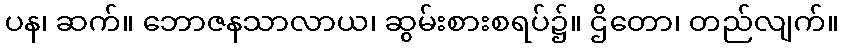
ပန၊ ဆက်။ ဘောဇနသာလာယ၊ ဆွမ်းစားစရပ်၌။ ဌိတော၊ တည်လျက်။